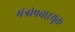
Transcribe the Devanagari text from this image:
मंत्रोपचारयुक्त